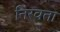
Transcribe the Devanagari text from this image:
निरवता